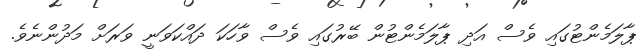
ޕާލަމެންޓުގައި ވެސް އަދި ޕާލަމެންޓުން ބޭރުގައި ވެސް ވާހަކަ ދައްކަވަނީ ވަރަށް މަދުންނެވެ.